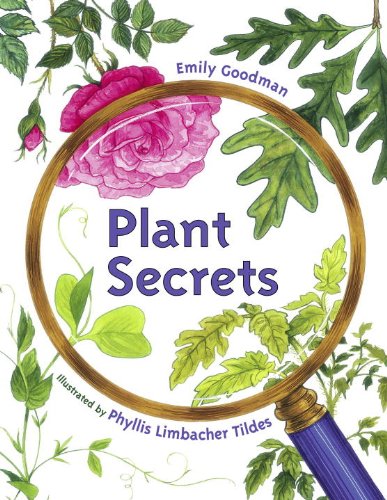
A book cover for Plant Secrets; Emily Goodman; Children's Books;